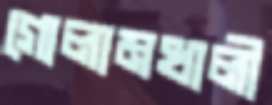
গোলামখালী